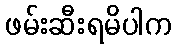
ဖမ်းဆီးရမိပါက